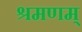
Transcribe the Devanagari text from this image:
श्रमणम्